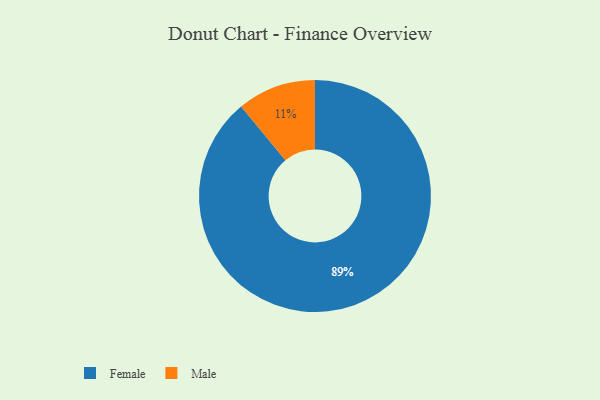
{"axis": {"x": "Category", "y": "Percentage"}, "legend": ["Female", "Male"], "data": [{"x": "Male", "y": 11, "type": "Male"}, {"x": "Female", "y": 89, "type": "Female"}]}